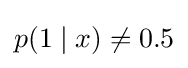
p(1\mid x)\neq 0.5